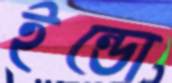
ইন্ডো